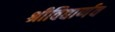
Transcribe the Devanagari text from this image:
श्रीविद्यार्णव